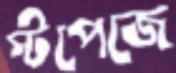
স্টপেজে